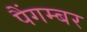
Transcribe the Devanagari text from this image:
पैंगम्‍बर